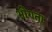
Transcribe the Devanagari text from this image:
भीगता